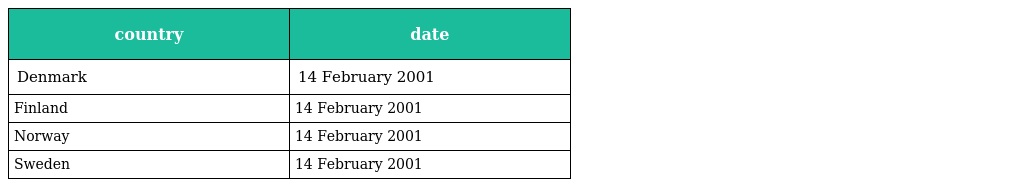
| country | date |
 | --- | --- |
 | Denmark | 14 February 2001 |
 | Finland | 14 February 2001 |
 | Norway | 14 February 2001 |
 | Sweden | 14 February 2001 |